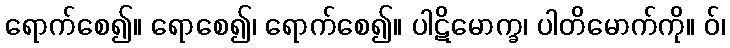
ရောက်စေ၍။ ရောစေ၍၊ ရောက်စေ၍။ ပါဋိမောက္ခ၊ ပါတိမောက်ကို။ ဝ်၊